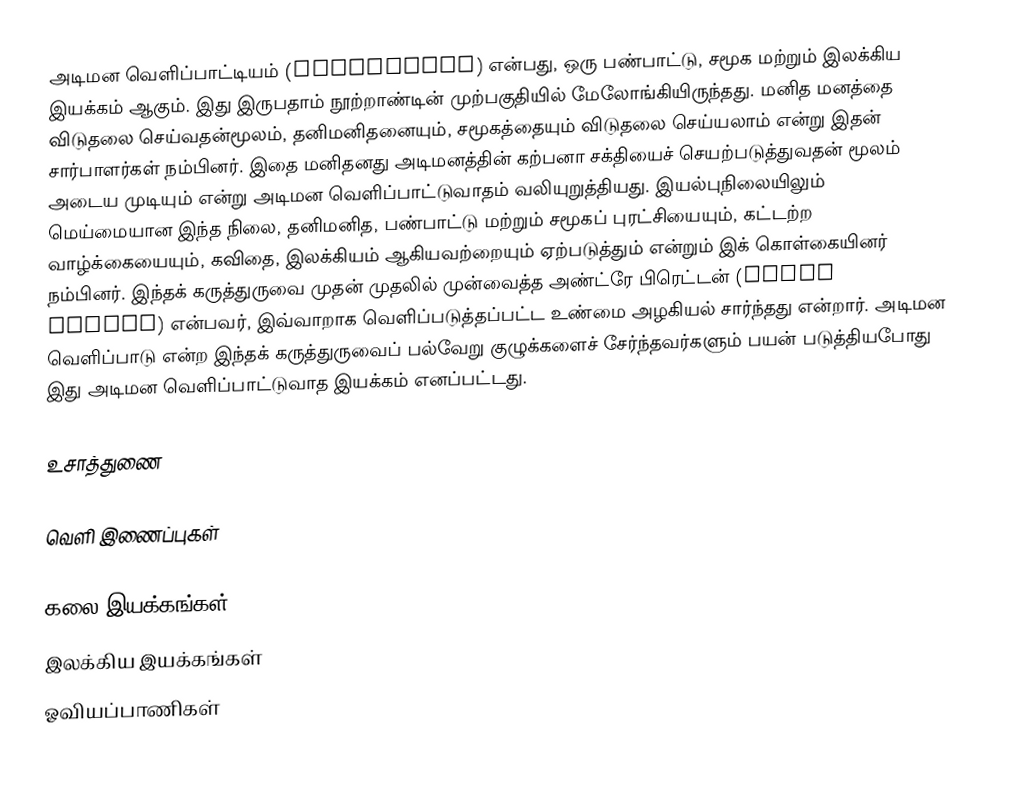
அடிமன வெளிப்பாட்டியம் (Surrealism) என்பது, ஒரு பண்பாட்டு, சமூக மற்றும் இலக்கிய இயக்கம் ஆகும். இது இருபதாம் நூற்றாண்டின் முற்பகுதியில் மேலோங்கியிருந்தது. மனித மனத்தை விடுதலை செய்வதன்மூலம், தனிமனிதனையும், சமூகத்தையும் விடுதலை செய்யலாம் என்று இதன் சார்பாளர்கள் நம்பினர். இதை மனிதனது அடிமனத்தின் கற்பனா சக்தியைச் செயற்படுத்துவதன் மூலம் அடைய முடியும் என்று அடிமன வெளிப்பாட்டுவாதம் வலியுறுத்தியது. இயல்புநிலையிலும் மெய்மையான இந்த நிலை, தனிமனித, பண்பாட்டு மற்றும் சமூகப் புரட்சியையும், கட்டற்ற வாழ்க்கையையும், கவிதை, இலக்கியம் ஆகியவற்றையும் ஏற்படுத்தும் என்றும் இக் கொள்கையினர் நம்பினர். இந்தக் கருத்துருவை முதன் முதலில் முன்வைத்த அண்ட்ரே பிரெட்டன் (André Breton) என்பவர், இவ்வாறாக வெளிப்படுத்தப்பட்ட உண்மை அழகியல் சார்ந்தது என்றார். அடிமன வெளிப்பாடு என்ற இந்தக் கருத்துருவைப் பல்வேறு குழுக்களைச் சேர்ந்தவர்களும் பயன் படுத்தியபோது இது அடிமன வெளிப்பாட்டுவாத இயக்கம் எனப்பட்டது.

உசாத்துணை

வெளி இணைப்புகள்

கலை இயக்கங்கள்
இலக்கிய இயக்கங்கள்
ஓவியப்பாணிகள்